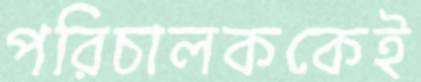
পরিচালককেই